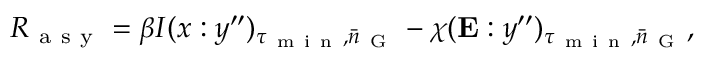
R _ { \mathrm { ~ a ~ s ~ y ~ } } = \beta I ( x : y ^ { \prime \prime } ) _ { \tau _ { \mathrm { ~ m ~ i ~ n ~ } } , \bar { n } _ { \mathrm { ~ G ~ } } } - \chi ( \mathbf { E } : y ^ { \prime \prime } ) _ { \tau _ { \mathrm { ~ m ~ i ~ n ~ } } , \bar { n } _ { \mathrm { ~ G ~ } } } ,